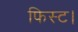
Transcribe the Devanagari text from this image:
फिस्ट।